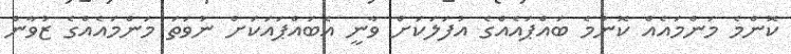
ކޮންމެ މަންމައެއް ކޮންމެ ބައްޕައެއްގެ އުފަލަކަށް ވާނީ އެބައްޕައަކަށް ނުވަތަ މަންމައެއްގެ ޒުވާން